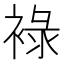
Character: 䘵